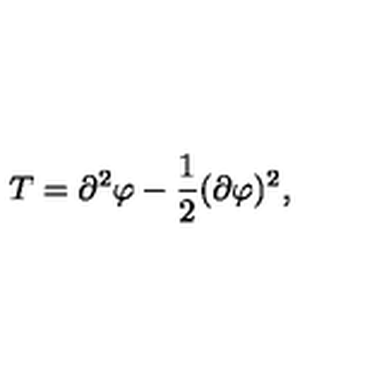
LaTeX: T = \partial ^ { 2 } \varphi - \frac { 1 } { 2 } ( \partial \varphi ) ^ { 2 } ,